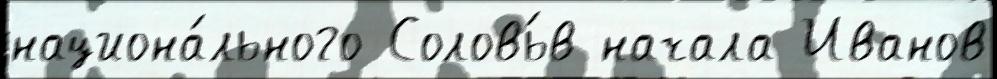
национа́льного Соловь́в начала Иванов